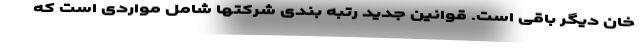
خان دیگر باقی است. قوانین جدید رتبه بندی شرکتها شامل مواردی است که